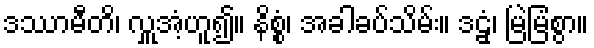
ဒဿာမီတိ၊ လှူအံ့ဟူ၍။ နိစ္စံ၊ အခါခပ်သိမ်း။ ဒဠှံ၊ မြဲမြံစွာ။